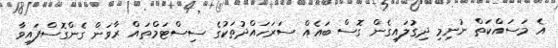
އެ މަސައްކަތް ނުނިމި ދިގުލައިގެން ގޮސް ބައެއް ސަރަހައްދުތަކުގެ ސިސްޓަމްތައް ރާވަން ގެންގޮސްފައިވާ